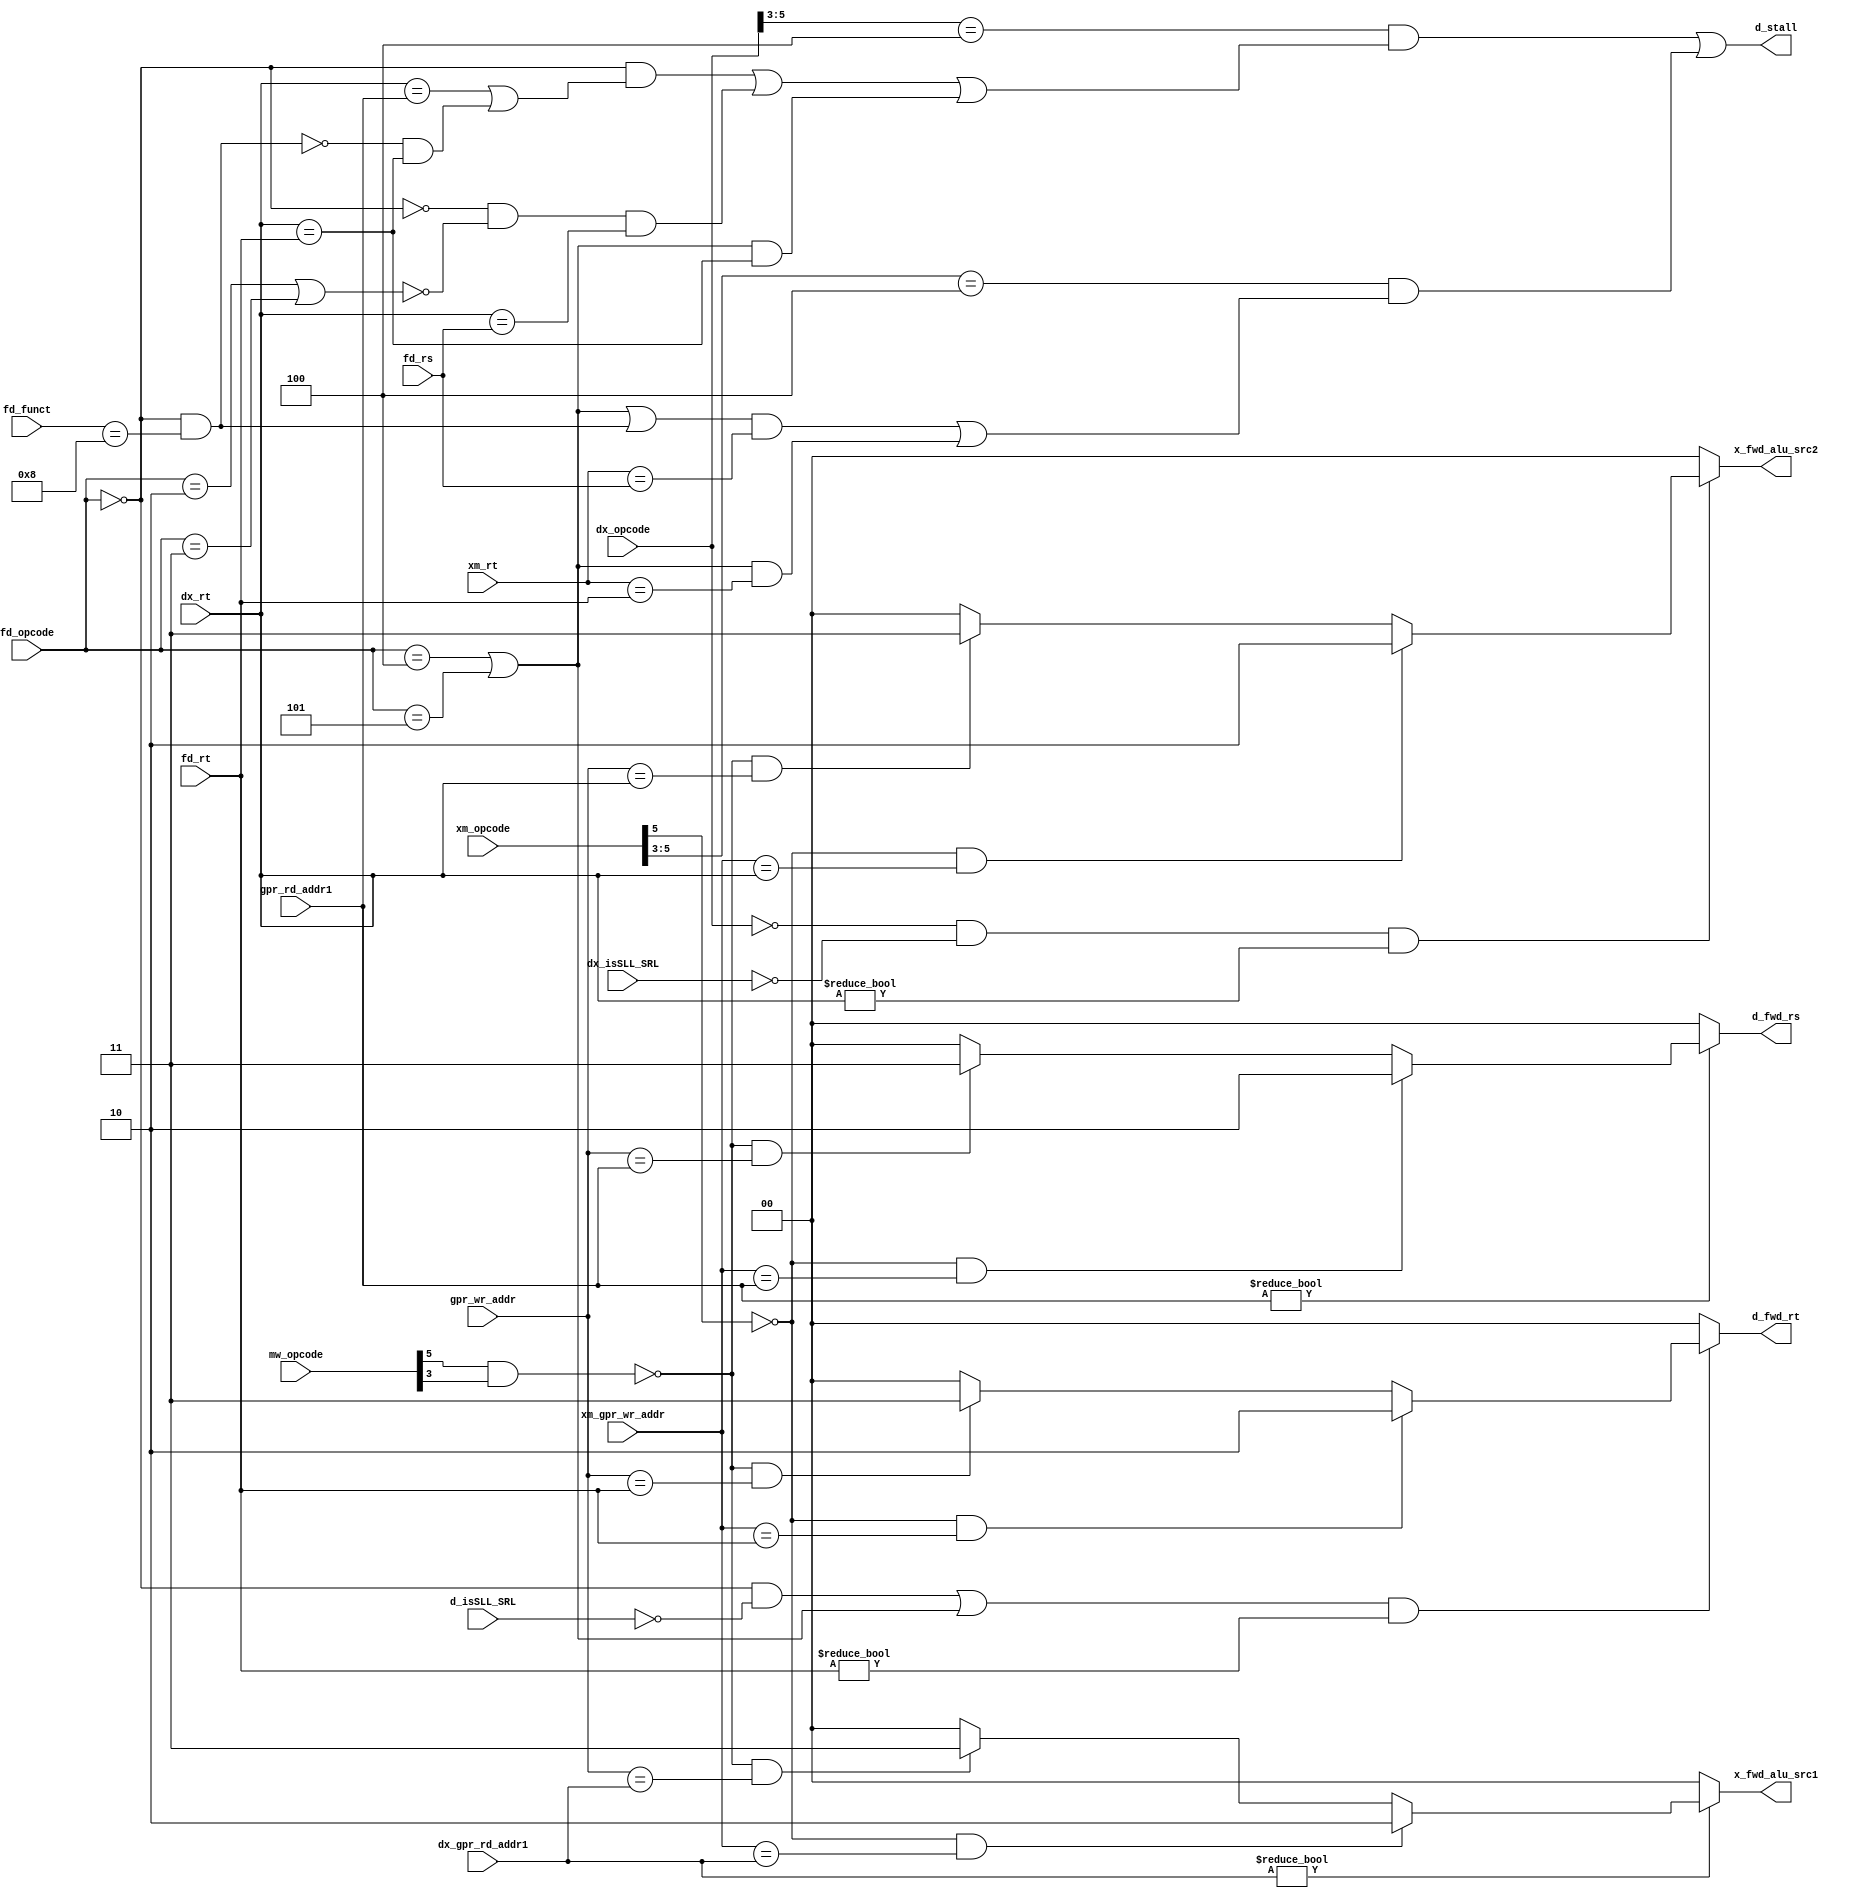
module forward_stall(
    gpr_wr_addr, //Write back address from Write back state
    xm_gpr_wr_addr,
    mw_opcode,
    xm_opcode,
    xm_rt,
    dx_gpr_rd_addr1,
    dx_rt,
    dx_isSLL_SRL,
    dx_opcode,
    fd_opcode,
    fd_funct,
    fd_rs,
    fd_rt,
    gpr_rd_addr1,
    d_isSLL_SRL,
    d_fwd_rs,
    d_fwd_rt,
    d_stall,
    x_fwd_alu_src1, // 2 bit o/p
    x_fwd_alu_src2 // 2 bit o/p
    
);
input [4:0] gpr_wr_addr;
input [4:0] xm_gpr_wr_addr; //JAL not considered
input [5:0] mw_opcode;
input [5:0] xm_opcode;
input [4:0] xm_rt;
input [4:0] dx_gpr_rd_addr1;
input [4:0] dx_rt;
input       dx_isSLL_SRL;
input [5:0] dx_opcode;
input [5:0] fd_opcode;
input [5:0] fd_funct;
input [4:0] fd_rs;
input [4:0] fd_rt;
input [4:0] gpr_rd_addr1;
input       d_isSLL_SRL;

output reg [1:0] d_fwd_rs;
output reg [1:0] d_fwd_rt;
output           d_stall;
output reg [1:0] x_fwd_alu_src1;
output reg [1:0] x_fwd_alu_src2;

`define BEQ  6'b000100
`define BNE  6'b000101
`define JR   6'b001000
`define J    6'b000010
`define JAL  6'b000011

wire fd_opcode_R;            //R-type instruction
wire fd_Inst_JR;             //Instruction is JR
wire fd_opcode_J_JAL;        //Instructions is either J or JAL
wire fd_opcode_branch;       //Instuction is branch - BEQ or BNE
wire dx_opcode_R;             //Instruction in Execute stage is R-type
wire dx_opcode_load;         //Instruction in Execute stage is Load
wire xm_opcode_load;         //Instruction in Memory stage is Load
wire xm_opcode_load_store;   //Instruction in Memory stage is either Load or Store
wire mw_opcode_store;        //Instruction in Write back  stage is Store

assign fd_opcode_R          = (fd_opcode==6'd0);
assign fd_Inst_JR           = (fd_opcode_R==1'b1) && (fd_funct==`JR); 
assign fd_opcode_J_JAL      = (fd_opcode==`J) || (fd_opcode==`JAL);
assign fd_opcode_branch     = (fd_opcode==`BEQ) || (fd_opcode==`BNE);
assign dx_opcode_load       = (dx_opcode[5:3]==3'b100);
assign dx_opcode_R          = (dx_opcode==6'd0);
assign xm_opcode_load       = (xm_opcode[5:3]==3'b100);
assign xm_opcode_load_store = (xm_opcode[5]==1'b1);
assign mw_opcode_store      = (mw_opcode[5]==1'b1) && (mw_opcode[3]==1'b1);

// Forwarding logic for Top ALU
always@(*) begin
  x_fwd_alu_src1   = 2'b00;                    //Default value
  if(dx_gpr_rd_addr1 != 5'd0) begin            //ALU Source 1 register not equal to R0
    if( (xm_opcode_load_store == 1'b0) &&      //Current instruction in Memory stage is not Load or Store
        (xm_gpr_wr_addr   == dx_gpr_rd_addr1)   //Destination address at Memory stages matches with
      ) begin                                  //Source address for ALU top input     
      x_fwd_alu_src1 = 2'b10;
    end
    else if((mw_opcode_store ==1'b0) &&        //Current instruction in Write-back stage
                                               //is not Store. Load needs forwarding
            (gpr_wr_addr   == dx_gpr_rd_addr1) //Destination address at Write back stages matches with
           ) begin                             //Source address for ALU top input    
      x_fwd_alu_src1 = 2'b11;
    end
  end
end
   
// Forwarding logic for Bottom ALU
always@(*) begin
  x_fwd_alu_src2   = 2'b00;                        //Default value
  if((dx_opcode_R == 1'd1) && (dx_isSLL_SRL==1'b0) //R-type instruction but not SLL and SRL
     && (dx_rt != 5'd0)) begin                     //ALU Source 2 register not equal to R0
    if( (xm_opcode_load_store  == 1'b0) &&   //Current instruction in Memory stage is not Load or Store
        (xm_gpr_wr_addr == dx_rt)             //Destination address at Memory stages matches with
                                             //Source address for ALU bottom input
      ) begin                                
      x_fwd_alu_src2 = 2'b10;
    end
    else if((mw_opcode_store==1'b0) &&       //Current instruction in Write-back stage
                                             //is "not Store". Load needs forwarding
            (gpr_wr_addr   == dx_rt)         //Destination address at Write back stages matches with
           ) begin                           //Source address for ALU bottom input    
      x_fwd_alu_src2 = 2'b11;
    end
  end
end

//Forwarding For Branch(BEQ and BNE) and JR to DECODE stage(Source 1)

always@(*) begin
  d_fwd_rs = 2'b00;                       //Default value
//  if((fd_rs != 5'd0) && ((fd_opcode_branch==1'b1) || //rs not equal to R0 AND
//                         (fd_Inst_JR==1'b1))) begin  //(opcode=BEQ||BNE||JR)
  if(gpr_rd_addr1 != 5'd0) begin 
    if( (xm_opcode_load_store  == 1'b0) &&           //Current instruction in Memory stage is not Load or Store
        (xm_gpr_wr_addr == gpr_rd_addr1)          //Destination address at Memory stages matches with
      ) begin                             //rs in decode stage
      d_fwd_rs = 2'b10;
    end
    else if((mw_opcode_store==1'b0) &&    //Current instruction in Write-back stage
                                          //is not Store. Load needs forwarding
            (gpr_wr_addr == gpr_rd_addr1)        //Destination address at Write back stages matches with
           ) begin                        //rs in decode stage    
      d_fwd_rs = 2'b11;
    end
  end
end

//Forwarding For Branch(BEQ and BNE) to DECODE stage(Source 2)
always@(*) begin
  d_fwd_rt = 2'b00;                //Default value
//  if((fd_rt != 5'd0) && (fd_opcode_branch==1'b1)) begin //rs not equal to R0 AND (opcode=BEQ||BNE)

  if((((fd_opcode_R == 1'd1) && (d_isSLL_SRL==1'b0)) ||  //R-type instruction but not SLL and SRL
      (fd_opcode_branch==1'b1)) &&
      (fd_rt != 5'd0))begin                     //ALU Source 2 register not equal to R0
    if( (xm_opcode_load_store == 1'b0) && //Current instruction in Memory stage is not Load or Store
        (xm_gpr_wr_addr == fd_rt)          //Destination address at Memory stages matches with
                                          //rt in decode stage
      ) begin                             
      d_fwd_rt= 2'b10;
    end
    else if((mw_opcode_store==1'b0) &&    //Current instruction in Write-back stage
                                          //is "not Store". Load needs forwarding
            (gpr_wr_addr   == fd_rt)      //Destination address at Write back stages matches with
           ) begin                        //Source address for ALU top input    
      d_fwd_rt = 2'b11;
    end
  end
end

//Stall at Decode stage
assign d_stall = ( (dx_opcode_load==1'b1) && 
                   (
                    ( (fd_opcode_R==1'b1)&&( (dx_rt==gpr_rd_addr1)||((fd_Inst_JR==1'b0)&&(dx_rt==fd_rt)) ) ) ||
                    ( (fd_opcode_R==1'b0)&&(fd_opcode_J_JAL==1'b0)&&(dx_rt==fd_rs) )  ||
                    ( (fd_opcode_branch==1'b1)&&(dx_rt==fd_rt))
                   )
                 ) ||
                 ( (xm_opcode_load==1'b1) &&
                   ( 
                     (((fd_opcode_branch==1'b1) || (fd_Inst_JR==1'b1)) && (xm_rt==fd_rs)) ||
                     ((fd_opcode_branch==1'b1) && (xm_rt==fd_rt))
                   )
                 );
endmodule